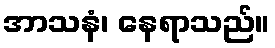
အာသနံ၊ နေရာသည်။